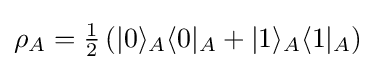
\rho _{A}={\tfrac {1}{2}}\left(|0\rangle _{A}\langle 0|_{A}+|1\rangle _{A}\langle 1|_{A}\right)